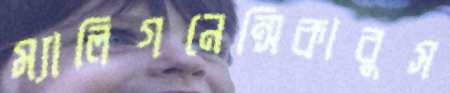
ম্যালিগনেন্সিকাবুস